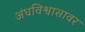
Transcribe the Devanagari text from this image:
अंधविश्वासावर